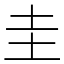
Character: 圭